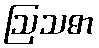
ဩသဓာ